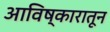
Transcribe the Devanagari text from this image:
आविष्कारातून